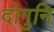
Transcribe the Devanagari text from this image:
दोगुनि